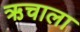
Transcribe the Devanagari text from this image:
ऋचाला